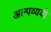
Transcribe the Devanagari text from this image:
अल्पव्ययी